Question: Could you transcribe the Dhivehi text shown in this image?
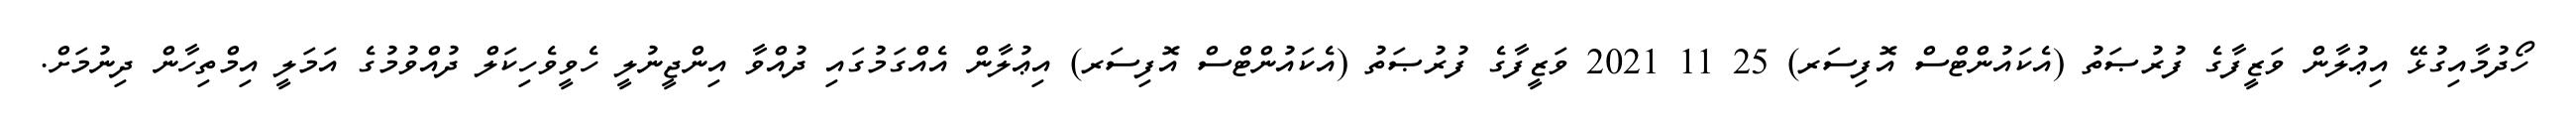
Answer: ހޯދުމާއިގުޅޭ އިޢުލާން ވަޒީފާގެ ފުރުޞަތު (އެކައުންޓްސް އޮފިސަރ) 25 11 2021 ވަޒީފާގެ ފުރުޞަތު (އެކައުންޓްސް އޮފިސަރ) އިޢުލާން އެއްގަމުގައި ދުއްވާ އިންޖީނުލީ ހެވީވެހިކަލް ދުއްވުމުގެ އަމަލީ އިމްތިހާން ދިނުމަށް.